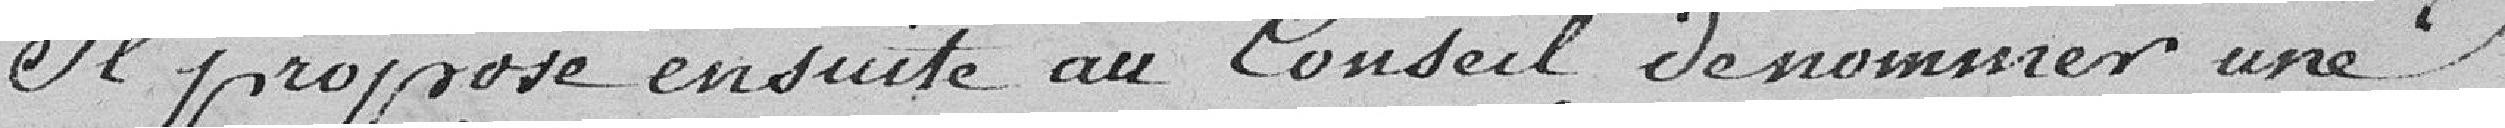
Il propose ensuite au conseil de nommer une